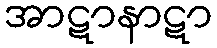
အာဋာနာဋာ